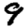
Digit: 9